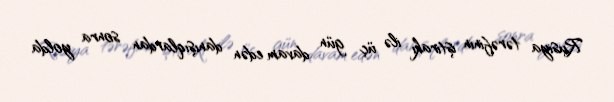
Rusiya tərəfinin iştirakı ilə üç gün davam edən danışıqlardan sonra yolda